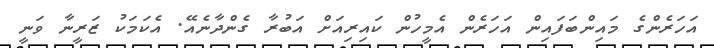
އަހަރެންގެ މައިންބަފައިން އަހަރެން އެމީހުން ކައިރިއަށް އަބުރާ ގެންދާނެއޭ. އެކަމަކު ޒަރީނާ ވަނީ